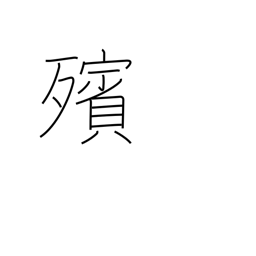
Meaning: lying in state